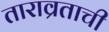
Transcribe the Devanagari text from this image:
ताराव्रताची